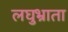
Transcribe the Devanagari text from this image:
लघुभ्राता